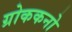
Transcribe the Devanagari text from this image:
ग्रोककनो